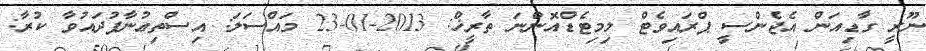
ނޫރީ ގާޑިއަން އެޖެންސީ ޕްރައިވެޓް ލިމިޓެޑްއޮންނަ ތާރީޚް: 2013-01-23 މައްސަލަ: އިސްތިޢުނާފުދައުވާ ކުރާ: